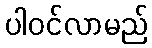
ပါဝင်လာမည်